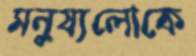
মনুষ্যলোকে